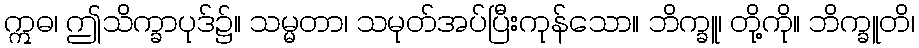
ဣဓ၊ ဤသိက္ခာပုဒ်၌။ သမ္မတာ၊ သမုတ်အပ်ပြီးကုန်သော။ ဘိက္ခူ၊ တို့ကို။ ဘိက္ခူတိ၊